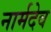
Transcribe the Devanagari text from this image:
नार्मदेव